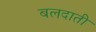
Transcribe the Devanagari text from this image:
बलदाती